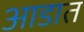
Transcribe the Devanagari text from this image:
आडात